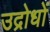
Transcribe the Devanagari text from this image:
उद्रोधों